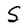
Character: S